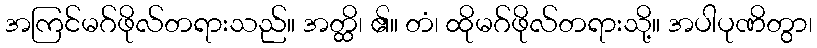
အကြင်မဂ်ဖိုလ်တရားသည်။ အတ္ထိ၊ ၏။ တံ၊ ထိုမဂ်ဖိုလ်တရားသို့။ အပါပုဏိတွာ၊